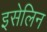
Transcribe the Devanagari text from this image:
इसेलिन